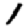
Digit: 1